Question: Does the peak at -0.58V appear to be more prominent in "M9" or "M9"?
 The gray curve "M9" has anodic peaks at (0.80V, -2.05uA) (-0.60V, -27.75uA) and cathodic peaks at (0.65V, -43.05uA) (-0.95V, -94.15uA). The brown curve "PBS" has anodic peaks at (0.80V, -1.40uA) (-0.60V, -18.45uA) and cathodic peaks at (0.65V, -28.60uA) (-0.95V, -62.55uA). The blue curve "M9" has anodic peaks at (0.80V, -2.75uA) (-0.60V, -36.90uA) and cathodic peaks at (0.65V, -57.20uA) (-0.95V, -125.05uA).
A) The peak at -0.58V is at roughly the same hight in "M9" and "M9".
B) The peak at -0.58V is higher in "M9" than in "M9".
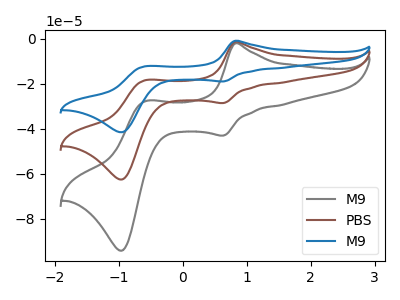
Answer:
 <answer>B) The peak at -0.58V is higher in "M9" than in "M9".</answer>
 <eval>B</eval>